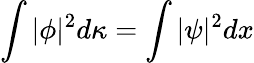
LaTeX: \int|\phi|^{2}d\kappa=\int|\psi|^{2}dx